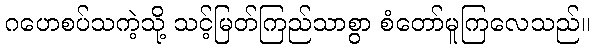
ဂဟေစပ်သကဲ့သို့ သင့်မြတ်ကြည်သာစွာ စံတော်မူကြလေသည်။